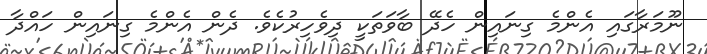
ނޫމަރާގައި އެންމެ ގިނައިން ހެދޭ ބާވަތަކީ ދިވެހިރުކެވެ. ދެން އެންމެ ގިނައިން ހައްދާ